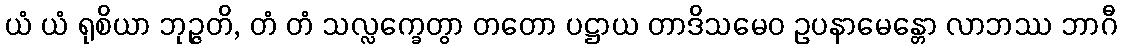
ယံ ယံ ရုစိယာ ဘုဉ္ဇတိ, တံ တံ သလ္လက္ခေတွာ တတော ပဋ္ဌာယ တာဒိသမေဝ ဥပနာမေန္တော လာဘဿ ဘာဂီ